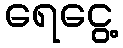
ရေငွေ့